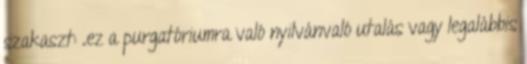
szakaszt: „ez a purgatóriumra való nyilvánvaló utalás vagy legalábbis